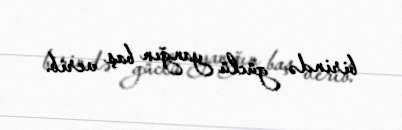
birində güclü yanğın baş verib.